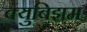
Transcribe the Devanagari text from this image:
क्युबिझम